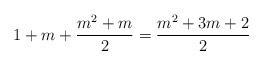
LaTeX: \begin{align*}1+m+\frac{m^2+m}{2} = \frac{m^2+3m+2}{2}\end{align*}